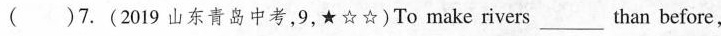
( )7.(2019 山东青岛中考,9,)To make rivers___than before,